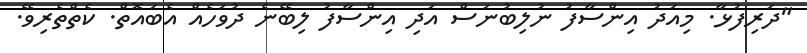
"ދަރިފުޅާ. މިއަދު އިންސާފު ނުލިބުނަސް އަދި އިންސާފު ލިބޭނެ ދުވަހެއް އެބައޮތް. ކެތްތެރިވޭ.